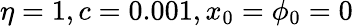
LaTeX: \eta=1,c=0.001,x_{0}=\phi_{0}=0